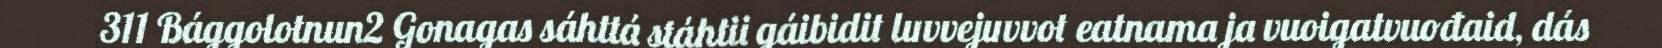
311 Bággolotnun2 Gonagas sáhttá stáhtii gáibidit luvvejuvvot eatnama ja vuoigatvuođaid, dás